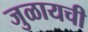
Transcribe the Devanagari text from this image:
जुळायची